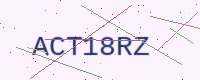
Text: ACT18RZ